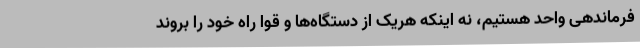
فرماندهی واحد هستیم، نه اینکه هریک از دستگاه‌ها و قوا راه خود را بروند